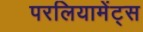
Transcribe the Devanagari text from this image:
परलियामेंट्स